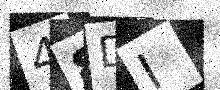
Text: 48DI